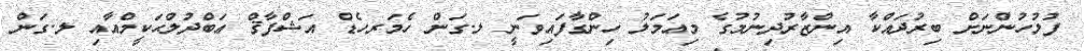
ފުލުހުންނަށް ބިރުދައްކާ އިންޒާރުދިނުމުގެ މިޢަމަލު ހިންގާފައިވަނީ ލ.ގަން ހެމަރހެޑް އަޝްފާޤް ޢަބްދުލްޙަކީމްއާއި ލ.ގަން